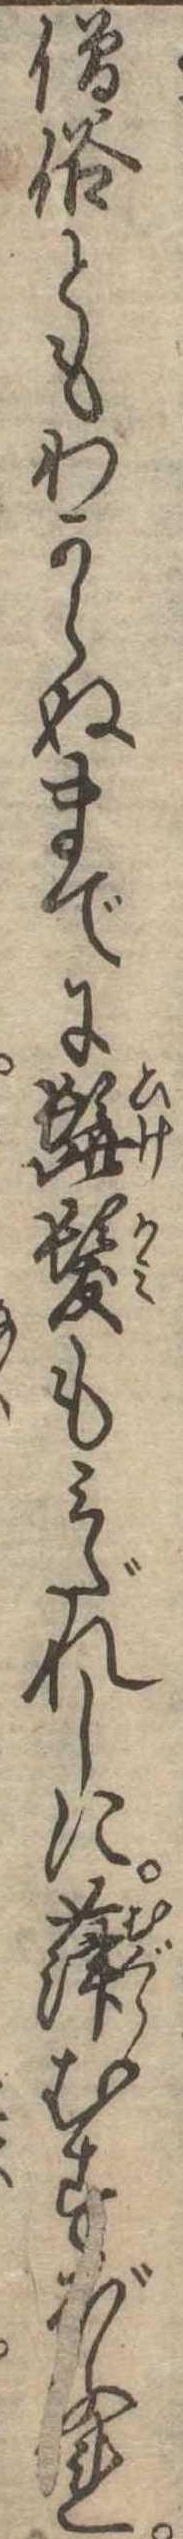
僧俗ともわからぬまでに髭髪もみだれしに葎むすぼふれ